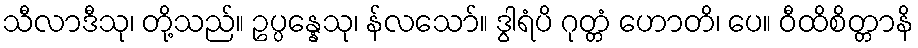
သီလာဒီသု၊ တို့သည်။ ဥပ္ပန္နေသု၊ န်လသော်။ ဒွါရံပိ ဂုတ္တံ ဟောတိ၊ ပေ။ ဝီထိစိတ္တာနိ